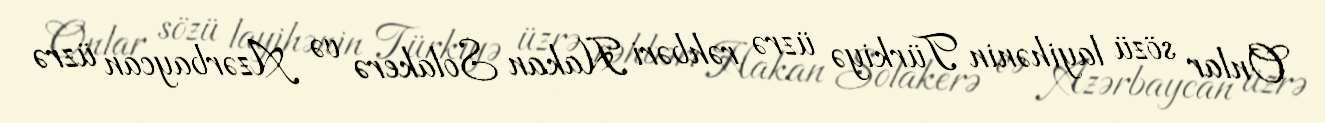
Onlar sözü layihənin Türkiyə üzrə rəhbəri Hakan Solakerə və Azərbaycan üzrə